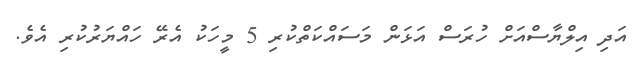
އަދި އިލްޔާސްއަށް ހުރަސް އަޅަން މަސައްކަތްކުރި 5 މީހަކު އެރޭ ހައްޔަރުކުރި އެވެ.